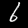
Label: 6